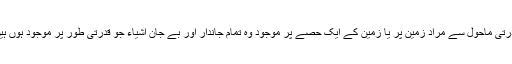
قدرتی ماحول سے مراد زمین پر یا زمین کے ایک حصے پر موجود وہ تمام جاندار اور بے جان اشیاء جو قدرتی طور پر موجود ہوں ہیں۔